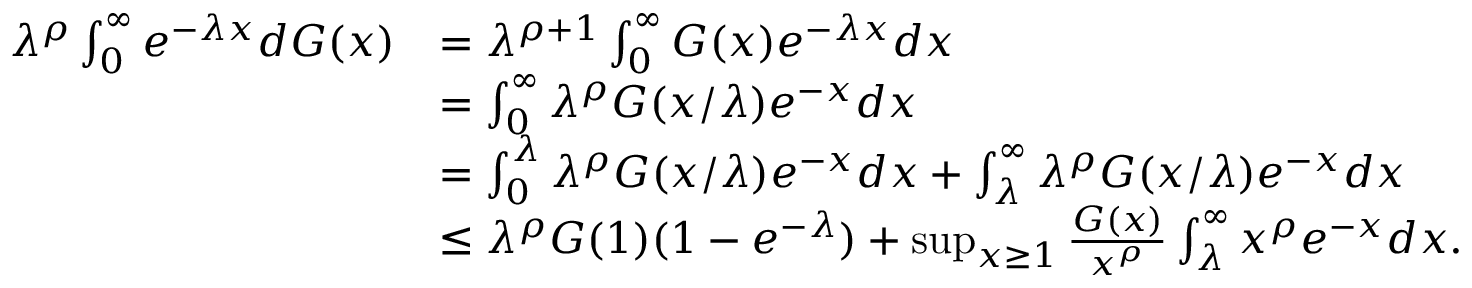
\begin{array} { r l } { \lambda ^ { \rho } \int _ { 0 } ^ { \infty } e ^ { - \lambda x } d G ( x ) } & { = \lambda ^ { \rho + 1 } \int _ { 0 } ^ { \infty } G ( x ) e ^ { - \lambda x } d x } \\ & { = \int _ { 0 } ^ { \infty } \lambda ^ { \rho } G ( x / \lambda ) e ^ { - x } d x } \\ & { = \int _ { 0 } ^ { \lambda } \lambda ^ { \rho } G ( x / \lambda ) e ^ { - x } d x + \int _ { \lambda } ^ { \infty } \lambda ^ { \rho } G ( x / \lambda ) e ^ { - x } d x } \\ & { \leq \lambda ^ { \rho } G ( 1 ) ( 1 - e ^ { - \lambda } ) + \operatorname* { s u p } _ { x \geq 1 } \frac { G ( x ) } { x ^ { \rho } } \int _ { \lambda } ^ { \infty } x ^ { \rho } e ^ { - x } d x . } \end{array}